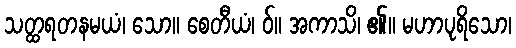
သတ္ထရတနမယံ၊ သော။ စေတီယံ၊ ဝ်။ အကာသိ၊ ၏။ မဟာပုရိသော၊